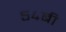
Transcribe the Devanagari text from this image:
५४बी